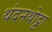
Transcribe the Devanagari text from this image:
थंदनथोट्टा